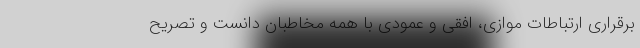
برقراری ارتباطات موازی، افقی و عمودی با همه مخاطبان دانست و تصریح